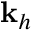
\mathbf { k } _ { h }